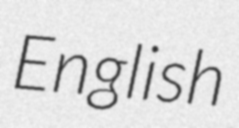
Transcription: English